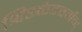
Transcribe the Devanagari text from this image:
श्विस्कंदवर्मन्